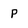
Character: P